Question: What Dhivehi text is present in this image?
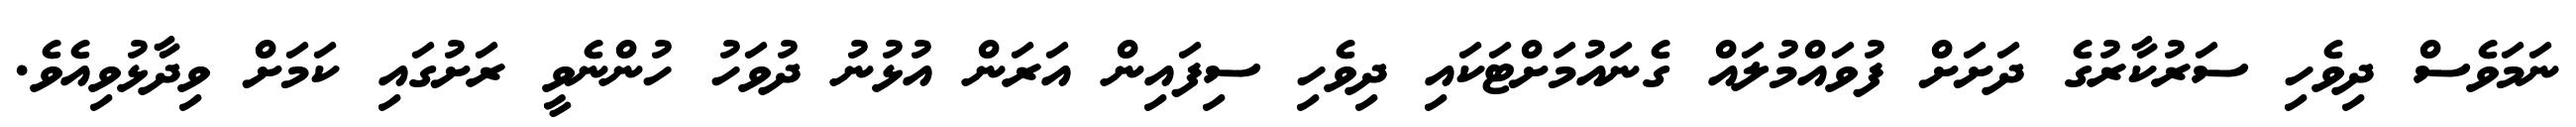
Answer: ނަމަވެސް ދިވެހި ސަރުކާރުގެ ދަށަށް ފުވައްމުލައް ގެނައުމަށްޓަކައި ދިވެހި ސިފައިން އަރަން އުޅުނު ދުވަހު ހުންނެވީ ރަށުގައި ކަމަށް ވިދާޅުވިއެވެ.